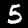
Digit: 5